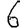
Digit: 6